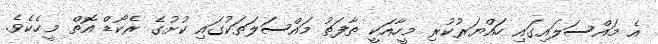
އެ މައްސަލައިގައި ހައްޔަރުކުރި މީހާއަކީ ތާފަތު މައްސަލަތަކުގައި ކުށުގެ ރެކޯޑް އޮތް މީހެކެވެ.